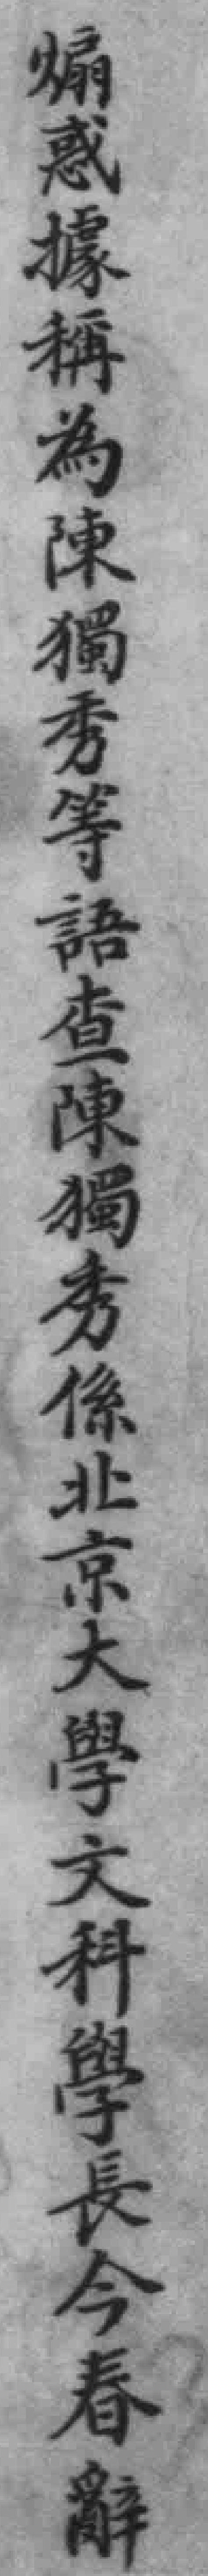
煽惑據稱為陳獨秀等語查陳獨秀係北京大學文科學長今春解